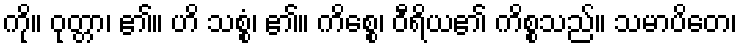
ကို။ ဝုတ္တာ၊ ၏။ ဟိ သစ္စံ၊ ၏။ ကိစ္စေ၊ ဝီရိယ၏ ကိစ္စသည်။ သမာပိတေ၊